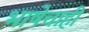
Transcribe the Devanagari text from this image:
भाषेचाही